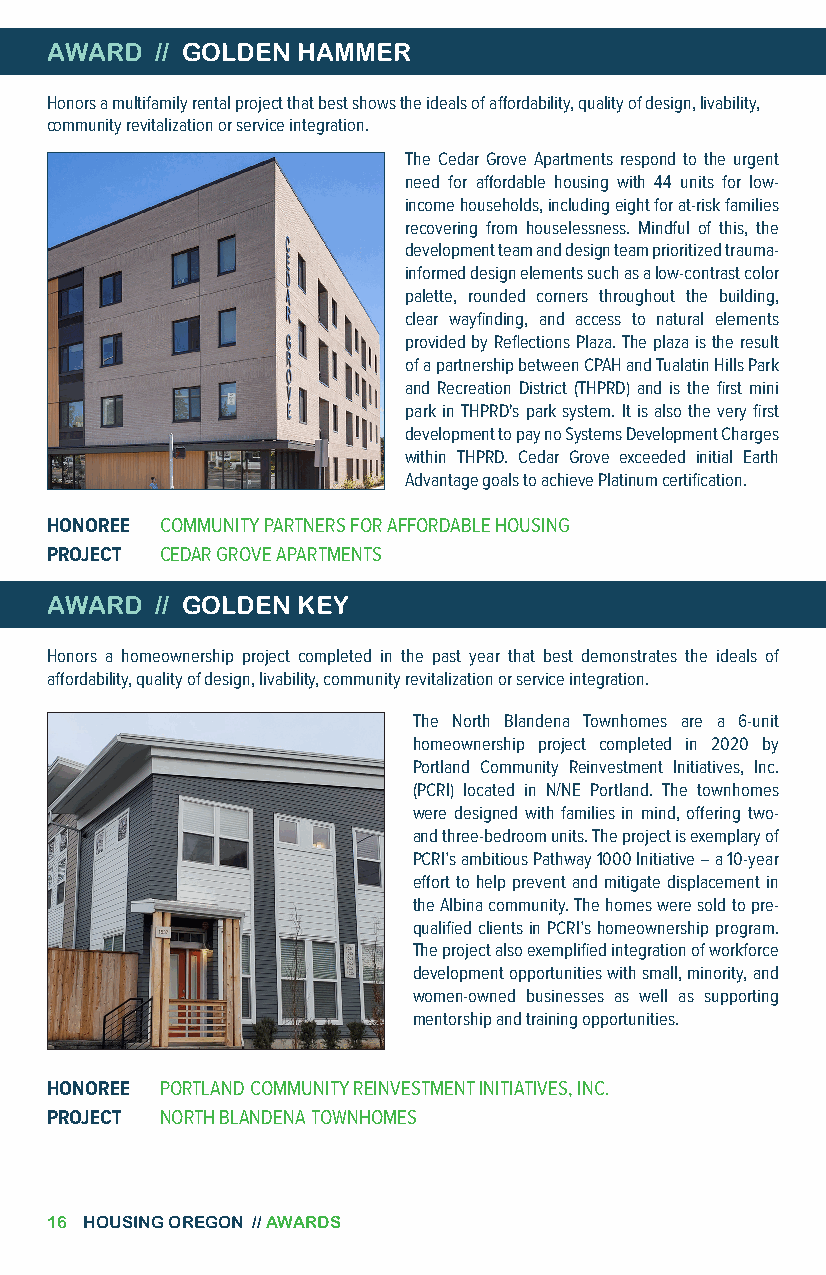
AWARD  // GOLDEN HAMMER
 Honors a multifamily rental project that best shows the ideals of affordability, quality of design, livability,
 community revitalization or service integration.
 The Cedar Grove Apartments respond to the urgent
 need for affordable housing with 44 units for low-
 income households, including eight for at-risk families
 recovering from houselessness. Mindful of this, the
 development team and design team prioritized trauma-
 informed design elements such as a low-contrast color
 palette, rounded corners throughout the building,
 clear wayfinding, and access to natural elements
 provided by Reflections Plaza. The plaza is the result
 of a partnership between CPAH and Tualatin Hills Park
 and Recreation District (THPRD) and is the first mini
 park in THPRD's park system. It is also the very first
 development to pay no Systems Development Charges
 within THPRD. Cedar Grove exceeded initial Earth
 Advantage goals to achieve Platinum certification.
 HONOREE COMMUNITY PARTNERS FOR AFFORDABLE HOUSING
 PROJECT CEDAR GROVE APARTMENTS
 AWARD  // GOLDEN KEY
 Honors a homeownership project completed in the past year that best demonstrates the ideals of
 affordability, quality of design, livability, community revitalization or service integration.
 The North Blandena Townhomes are a 6-unit
 homeownership project completed in 2020 by
 Portland Community Reinvestment Initiatives, Inc.
 (PCRI) located in N/NE Portland. The townhomes
 were designed with families in mind, offering two-
 and three-bedroom units. The project is exemplary of
 PCRI’s ambitious Pathway 1000 Initiative – a 10-year
 effort to help prevent and mitigate displacement in
 the Albina community. The homes were sold to pre-
 qualified clients in PCRI’s homeownership program.
 The project also exemplified integration of workforce
 development opportunities with small, minority, and
 women-owned businesses as well as supporting
 mentorship and training opportunities.
 HONOREE PORTLAND COMMUNITY REINVESTMENT INITIATIVES, INC.
 PROJECT NORTH BLANDENA TOWNHOMES
 16 HOUSING OREGON // AWARDS